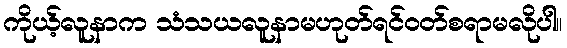
ကိုယ့်လူနာက သံသယလူနာမဟုတ်ရင်ဝတ်စရာမလိုပါ။